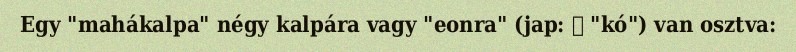
Egy "mahákalpa" négy kalpára vagy "eonra" (jap: 劫 "kó") van osztva: